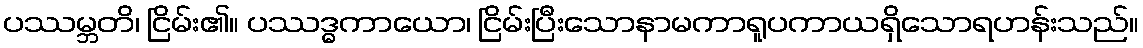
ပဿမ္ဘတိ၊ ငြိမ်း၏။ ပဿဒ္ဓကာယော၊ ငြိမ်းပြီးသောနာမကာရူပကာယရှိသောရဟန်းသည်။